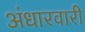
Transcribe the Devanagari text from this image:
अंधारवारी